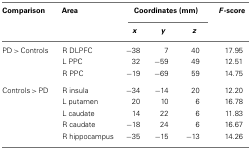
<table><thead><tr><td><b>Comparison</b></td><td><b>Area</b></td><td colspan="3"><b>Coordinates (mm)</b></td><td><b><i>F</i>-score</b></td></tr><tr><td></td><td></td><td><b><i>x</i></b></td><td><b><i>y</i></b></td><td><b><i>z</i></b></td><td></td></tr></thead><tbody><tr><td>PD &gt; Controls</td><td>R DLPFC</td><td>−38</td><td>7</td><td>40</td><td>17.95</td></tr><tr><td></td><td>L PPC</td><td>32</td><td>−59</td><td>49</td><td>12.51</td></tr><tr><td></td><td>R PPC</td><td>−19</td><td>−69</td><td>59</td><td>14.75</td></tr><tr><td>Controls &gt; PD</td><td>R insula</td><td>−34</td><td>−14</td><td>20</td><td>12.20</td></tr><tr><td></td><td>L putamen</td><td>20</td><td>10</td><td>6</td><td>16.78</td></tr><tr><td></td><td>L caudate</td><td>14</td><td>22</td><td>6</td><td>11.83</td></tr><tr><td></td><td>R caudate</td><td>−18</td><td>24</td><td>6</td><td>16.67</td></tr><tr><td></td><td>R hippocampus</td><td>−35</td><td>−15</td><td>−13</td><td>14.26</td></tr></tbody></table>